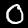
Label: 0